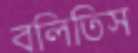
বলিতিস